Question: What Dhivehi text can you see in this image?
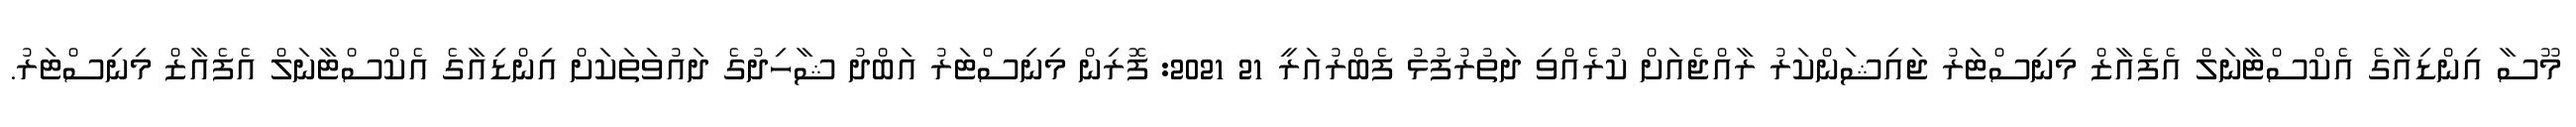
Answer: މޫސާ އިންޑިއާގެ އެކްސްޓާނަލް އެފެއާޒް މިނިސްޓަރު ޖައިޝަންކަރު ރާއްޖެއަށް ކުރެއްވި ދަތުރުފުޅު ފެބްރުއަރީ 21 2021: ފޮރިން މިނިސްޓަރު އަބްދު ޝާހިދުގެ ދައުވަތަކަށް އިންޑިއާގެ އެކްސްޓާނަލް އެފެއާޒް މިނިސްޓަރު.